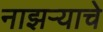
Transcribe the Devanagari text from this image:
नाझऱ्याचे